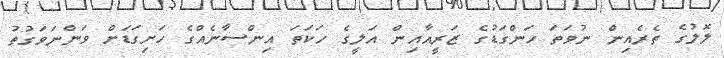
ލޮލުގެ ތެރެއިން ނުވަތަ ހަންގަޑުގެ ޒަރީއާއިން އަލީގެ ހަކަތަ އިންސާނެއްގެ ހަށިގަޑަށް ވަންނަވަގުތު